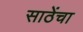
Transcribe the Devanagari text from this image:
साठेंचा